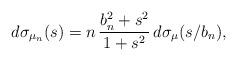
LaTeX: \begin{align*}d\sigma_{\mu_{n}}(s)=n\,\frac{b_{n}^{2}+s^{2}}{1+s^{2}}\,d\sigma_{\mu}(s/b_{n}),\end{align*}